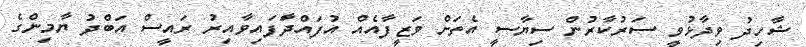
ޝާހިދު ވިދާޅުވީ ސަރުކާރުން ސިޔާސީ އެތަށް ވަޒީފާއެއް އުފައްދަާފައިވާއިރު ރައީސް އަބްދު ޔާމިންގެ